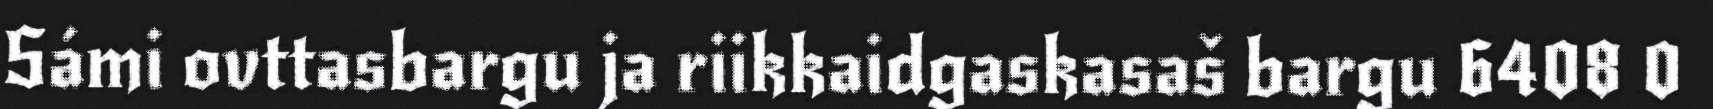
Sámi ovttasbargu ja riikkaidgaskasaš bargu 6408 0